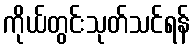
ကိုယ်တွင်းသုတ်သင်ရန်